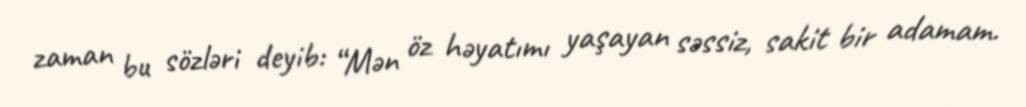
zaman bu sözləri deyib: “Mən öz həyatımı yaşayan səssiz, sakit bir adamam.